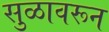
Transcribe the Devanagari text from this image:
सुळावरून